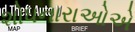
શોધનારાઓએ